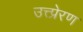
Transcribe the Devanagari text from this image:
उत्त्प्रेरण